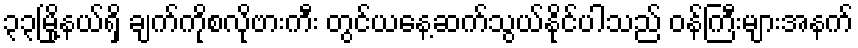
၃၃မြို့နယ်ရှိ ချက်ကိုစလိုဗားကီး တွင်ယနေ့ဆက်သွယ်နိုင်ပါသည် ဝန်ကြီးများအနက်